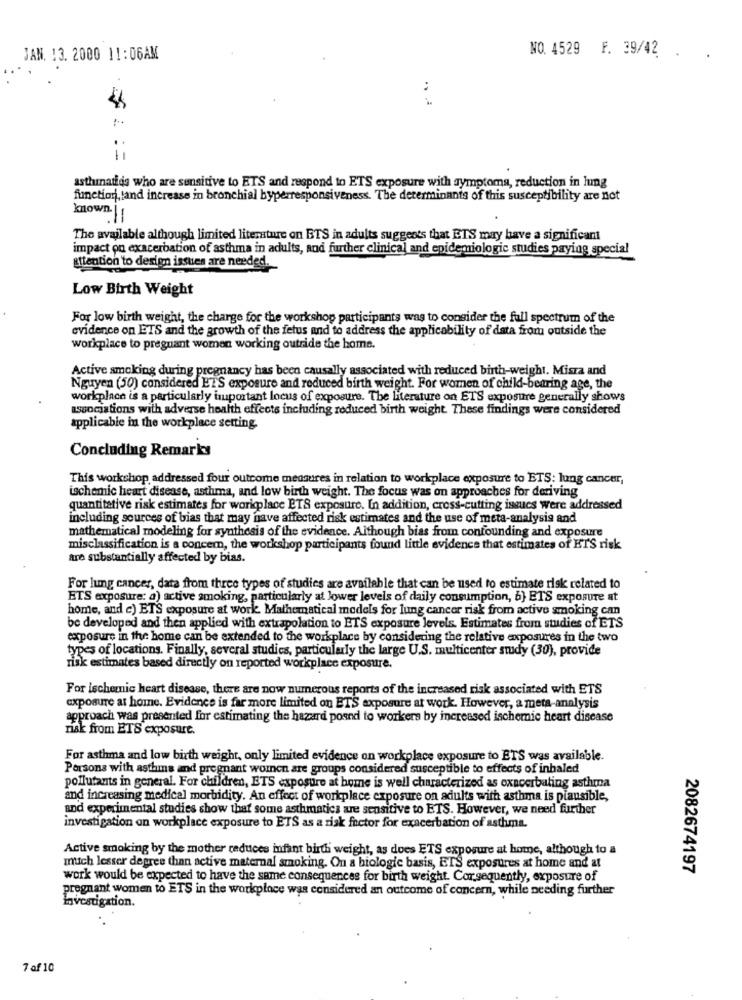
JAN. 13. 2000 11:06AM
NO. 4529 F. 39/42 .
:
= ==
asthinatids who are sensitive to ETS and respond to ETS exposure with symptoms, reduction in lung
function, tand increase in bronchial byperresponsiveness. The determinants of this susceptibility are not
known |
11
The available although limited literature on BTS in adults suggests that ETS may have a significant
impact on exacerbation of asthma in adults, and further clinical and epidemiologic studies paying special
attention to design issues are needed.
Low Birth Weight
For low birth weight, the charge for the workshop participants was to consider the full spectrum of the
evidence on ETS and the growth of the fetus and to address the applicability of data from outside the
workplace to pregnant women working outride the home.
Active smoking during pregnancy has been causally associated with reduced birth-weight. Misza and
Nguyen (50) considered ETS exposure and reduced birth weight. For women of child-bearing age, the
workplace is a particularly important locus of exposure. The literature on ETS exposure generally shows
associations with adverse health effects including reduced birth weight These findings were considered
applicable in the workplace setting
Concluding Remarks
This workshop addressed four outcome measures in relation to workplace exposure to ETS: lung cancer,
ischemic heart disease, asthma, and low birth weight. The focus was on approaches for deriving
quantitative risk estimates for workplace ETS exposure. In addition, cross-cutting issues were addressed
including sources of bias that may have affected risk estimates and the use of meta-analysis and
mathematical modeling for synthesis of the evidence. Although bias from confounding and exposure
misclassification is a concem, the workshop participants found little evidence that estimates of ETS risk
Are substantially affected by bias.
For lung cancer, data from three types of studies are available that can be used to estimate risk related to
ETS exposure: a) active smoking, particularly at lower levels of daily consumption, 6} ETS exposure at
home, and c) ETS exposure at work Mathematical models for lung cancer risk from active smoking can
be developed and then applied with extrapolation to ETS exposure levels. Estimates from studies of ETS
exposure in the home can be extended to the workplace by considering the relative exposures in the two
types of locations. Finally, several studies, particularly the large U.S. multicenter study (30), provide
Tisk estimates based directly on reported workplace exposure.
For ischemic heart disease, there are now numerous reports of the increased risk associated with ETS
exposure at home. Evidence is far more limited on ETS exposure at work. However, a meta-analysis
approach was presented for estimating the hazard poand to workers by increased ischemic heart disease
nak from ETS exposure.
For asthma and low birth weight, only limited evidence on workplace exposure to ETS was available.
Persons with asthma and pregnant women are groups considered susceptible to effects of inhaled
pollutants in general. For children, ETS exposure at home is well characterized as exacerbating asthma
and increasing medical morbidity. An effect of workplace exposure on adults with asthma is plausible,
and experimental studies show that some asthmatics are sensitive to ETS. However, we need further
investigation on workplace exposure to ETS as a risk factor for exacerbation of asthma.
Active smoking by the mother reduces infant birth weight, as does ETS exposure at home, although to a
mitch lesser degree than active maternal smoking. On a biologic basis, ETS exposures at home and at
2082674197
work would be expected to have the same consequences for birth weight. Cor.gequently, exposure of
pregnant women to ETS in the workplace was considered an outcome of concern, while needing further
Investigation.
7 af 10